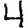
Digit: 4